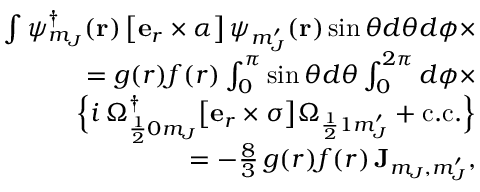
\begin{array} { r l r } & { } & { \int \psi _ { m _ { J } } ^ { \dag } ( \mathbf { r } ) \, \big [ \mathbf { e } _ { r } \times \boldsymbol \alpha \big ] \, \psi _ { m _ { J } ^ { \prime } } ( \mathbf { r } ) \sin \theta d \theta d \phi \times } \\ & { } & { ~ ~ ~ = g ( r ) f ( r ) \int _ { 0 } ^ { \pi } \sin \theta d \theta \int _ { 0 } ^ { 2 \pi } d \phi \times } \\ & { } & { ~ ~ ~ ~ ~ ~ \Big \{ i \, \Omega _ { \frac { 1 } { 2 } 0 m _ { J } } ^ { \dag } \big [ \mathbf { e } _ { r } \times \boldsymbol \sigma \big ] \Omega _ { \frac { 1 } { 2 } 1 m _ { J } ^ { \prime } } + \mathrm { c . c . } \Big \} } \\ & { } & { ~ ~ ~ = - \frac { 8 } { 3 } \, g ( r ) f ( r ) \, \mathbf { J } _ { m _ { J } , m _ { J } ^ { \prime } } , } \end{array}